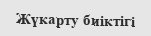
Жүкарту биіктігі